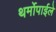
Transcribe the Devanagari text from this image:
थर्मोपाईले